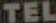
TEL